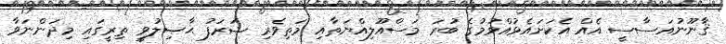
ޤާނޫނުއަސާސީ އެއް އެކަށައެޅުއްވުމުގެ ބުރަ މަސްއޫލިއްޔަތާއި މަތިވެރި ޝަރަފު ޙާޞިލުވީ ތިރީގައި މިދަންނަވާ